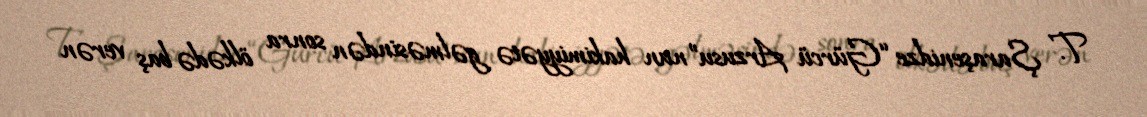
T. Şaraşenidze “Gürcü Arzusu”nun hakimiyyətə gəlməsindən sonra ölkədə baş verən